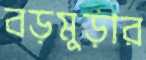
বড়মুড়ার